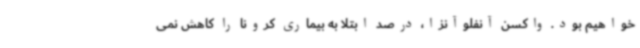
خواهیم بود. واکسن آنفلوآنزا، درصد ابتلا به بیماری کرونا را کاهش نمی